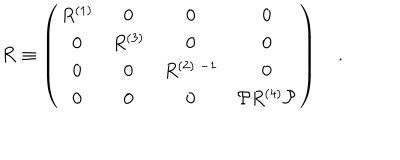
LaTeX: { \cal R } \equiv \left( \begin{array} { c c c c } { { R ^ { ( 1 ) } } } & { { 0 } } & { { 0 } } & { { 0 } } \\ { { 0 } } & { { R ^ { ( 3 ) } } } & { { 0 } } & { { 0 } } \\ { { 0 } } & { { 0 } } & { { R ^ { ( 2 ) \; - 1 } } } & { { 0 } } \\ { { 0 } } & { { 0 } } & { { 0 } } & { { { \cal P } R ^ { ( 4 ) } { \cal P } } } \\ \end{array} \right) \quad . \qquad